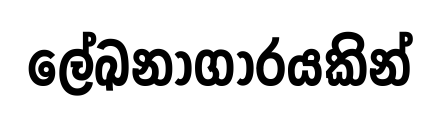
ලේඛනාගාරයකින්